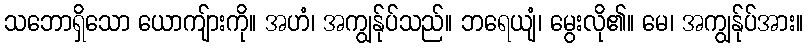
သဘောရှိသော ယောကျ်ားကို။ အဟံ၊ အကျွန်ုပ်သည်။ ဘရေယျံ၊ မွေးလို၏။ မေ၊ အကျွန်ုပ်အား။